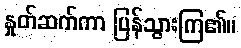
နှုတ်ဆက်ကာ ပြန်သွားကြ၏။